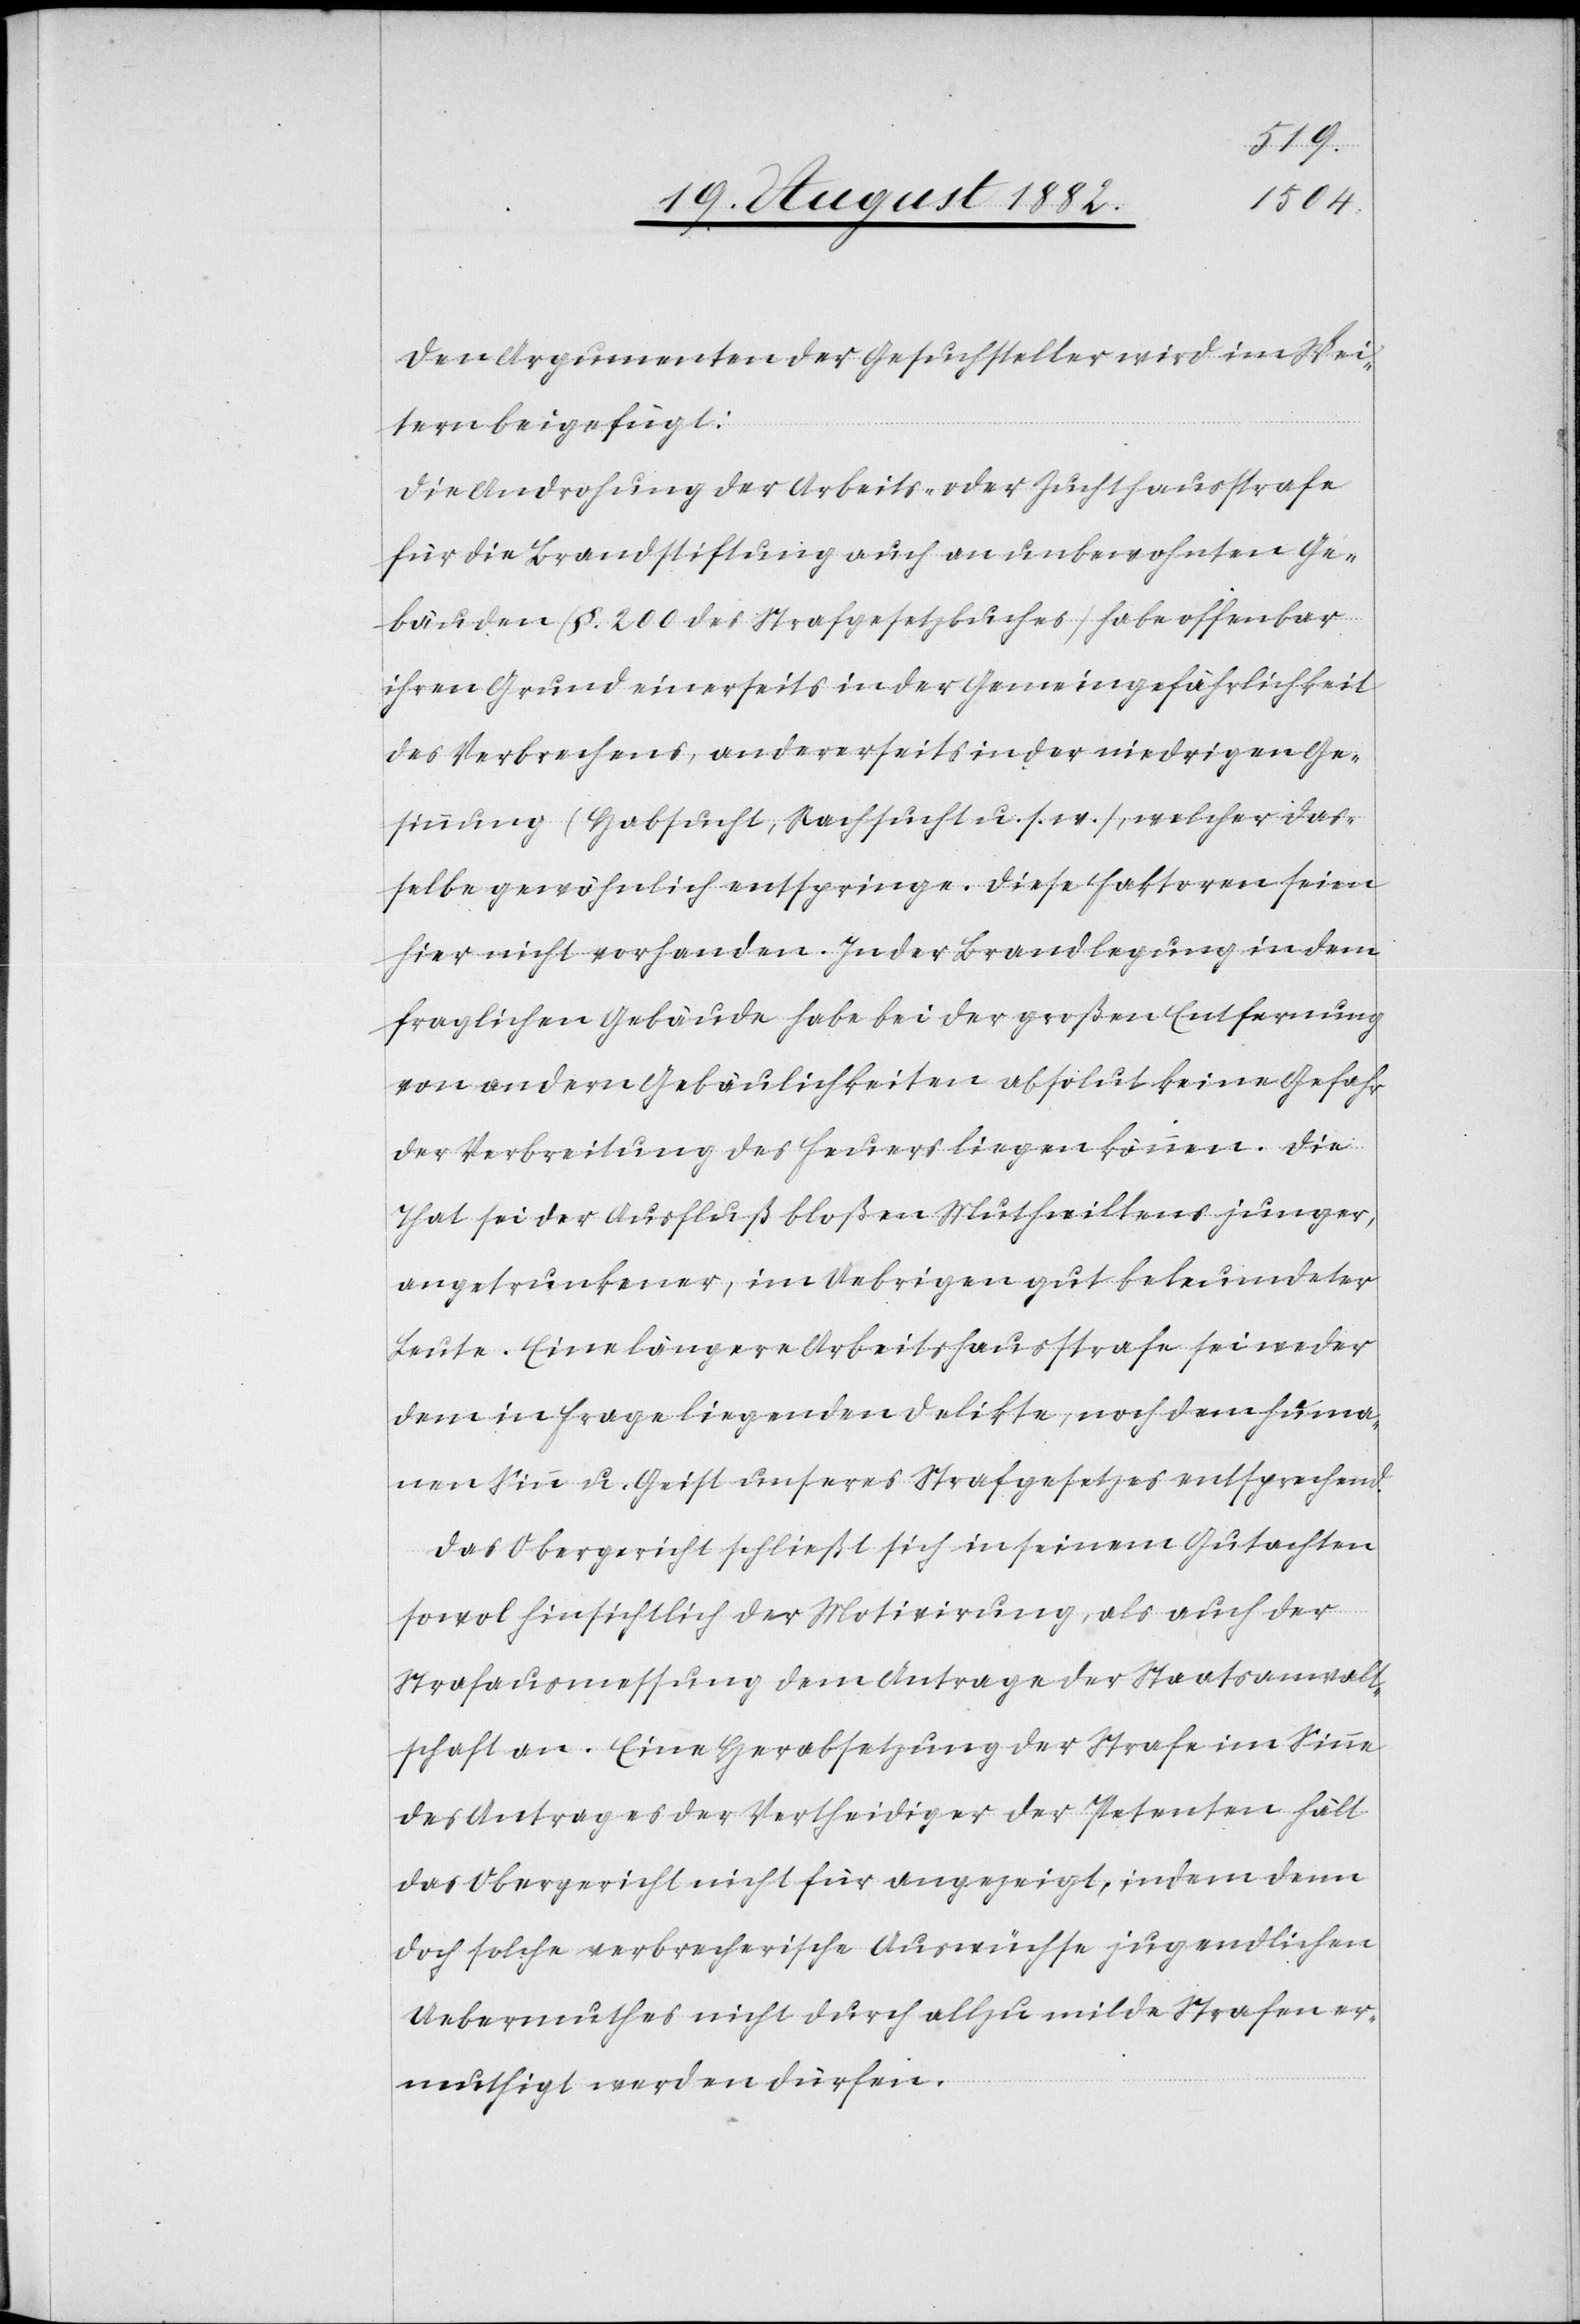
Den Argumenten der Gesuchsteller wird im Wei¬
tern beigefügt:
Die Androhung der Arbeits- oder Zuchthausstrafe
für die Brandstiftung auch an unbewohnten Ge¬
bäuden (§. 200 des Strafgesetzbuches) habe offenbar
ihren Grund einerseits in der Gemeingefährlichkeit
des Verbrechens, andererseits in der niedrigen Ge¬
sinnung (Habsucht, Rachsucht u. s. w.), welcher das¬
selbe gewöhnlich entspringe. Diese Faktoren seien
hier nicht vorhanden. In der Brandlegung in dem
fraglichen Gebäude habe bei der großen Entfernung
von andern Gebäulichkeiten absolut keine Gefahr
der Verbreitung des Feuers liegen können. Die
That sei der Ausfluß bloßen Muthwillens junger,
angetrunkener, im Uebrigen gut beleumdeter
Leute. Eine längere Arbeitshausstrafe sei weder
dem in Frage liegenden Delikte, noch dem huma¬
nen Sinn u. Geist unseres Strafgesetzes entsprechend.
Das Obergericht schließt sich in seinem Gutachten
sowol hinsichtlich der Motivirung, als auch der
Strafausmessung dem Antrage der Staatsanwalt¬
schaft an. Eine Herabsetzung der Strafe im Sinne
des Antrages der Vertheidiger der Petenten hält
das Obergericht nicht für angezeigt, indem denn
doch solche verbrecherische Auswüchse jugendlichen
Uebermuthes nicht durch allzu milde Strafen er¬
muthigt werden dürfen.